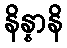
နိန္နာနိ